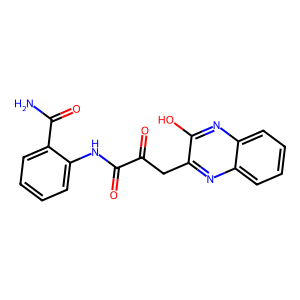
SMILES: NC(=O)c1ccccc1NC(=O)C(=O)Cc1nc2ccccc2nc1O
Inhibits HIV replication: No